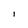
Character: l